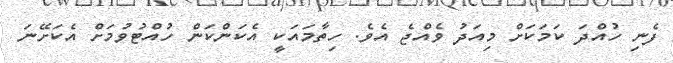
ފެނި ހުއްދަ ކަމަކަށް މިއަދު ވެއްޖެ އެވެ. ހިތާމައަކީ އެކަންކަން ހުއްޓުވުމަށް އެކަށޭނަ